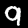
Digit: 9